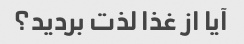
آیا از غذا لذت بردید؟